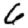
Digit: 6